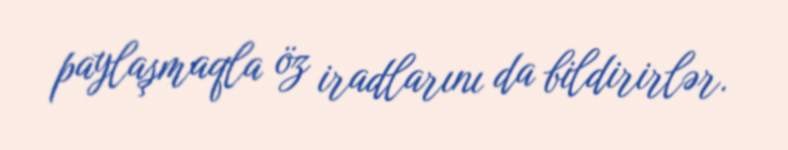
paylaşmaqla öz iradlarını da bildirirlər.